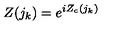
Z ( { j _ { k } } ) = e ^ { i Z _ { c } ( { j _ { k } } ) }